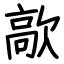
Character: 歊